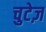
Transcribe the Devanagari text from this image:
चुटेज़